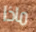
ماذا